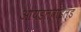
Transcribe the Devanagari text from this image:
आयडलवाइल्ड